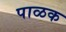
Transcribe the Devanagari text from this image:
पाळक